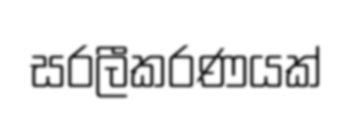
සරලීකරණයක්